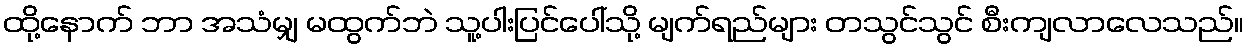
ထို့နောက် ဘာ အသံမျှ မထွက်ဘဲ သူ့ပါးပြင်ပေါ်သို့ မျက်ရည်များ တသွင်သွင် စီးကျလာလေသည်။